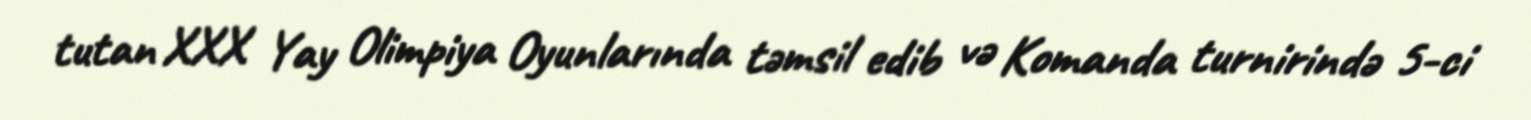
tutan XXX Yay Olimpiya Oyunlarında təmsil edib və Komanda turnirində 5-ci